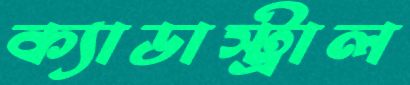
ক্যাডাস্ট্রাল